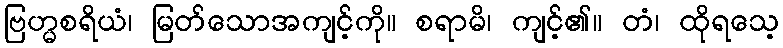
ဗြဟ္မစရိယံ၊ မြတ်သောအကျင့်ကို။ စရာမိ၊ ကျင့်၏။ တံ၊ ထိုရသေ့